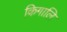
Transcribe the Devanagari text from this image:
किगालि